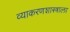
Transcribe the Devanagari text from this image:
व्याकरणशास्त्राला